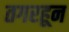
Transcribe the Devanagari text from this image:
तगरहून